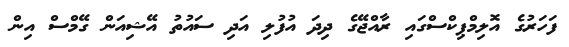
ފަހަރުގެ އޮލިމްޕިކްސްގައި ރާއްޖޭގެ ދިދަ އުފުލި އަދި ސައުތު އޭޝިއަން ގޭމްސް އިން